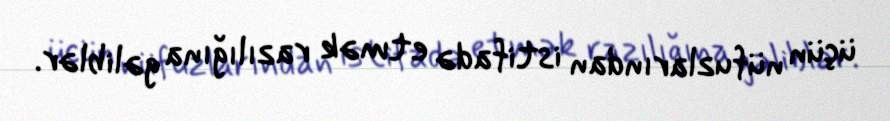
üçün nüfuzlarından istifadə etmək razılığına gəliblər.